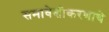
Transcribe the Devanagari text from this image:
समावेशीकरणाचे